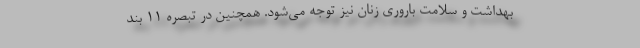
بهداشت و سلامت باروری زنان نیز توجه می‌شود. همچنین در تبصره ۱۱ بند